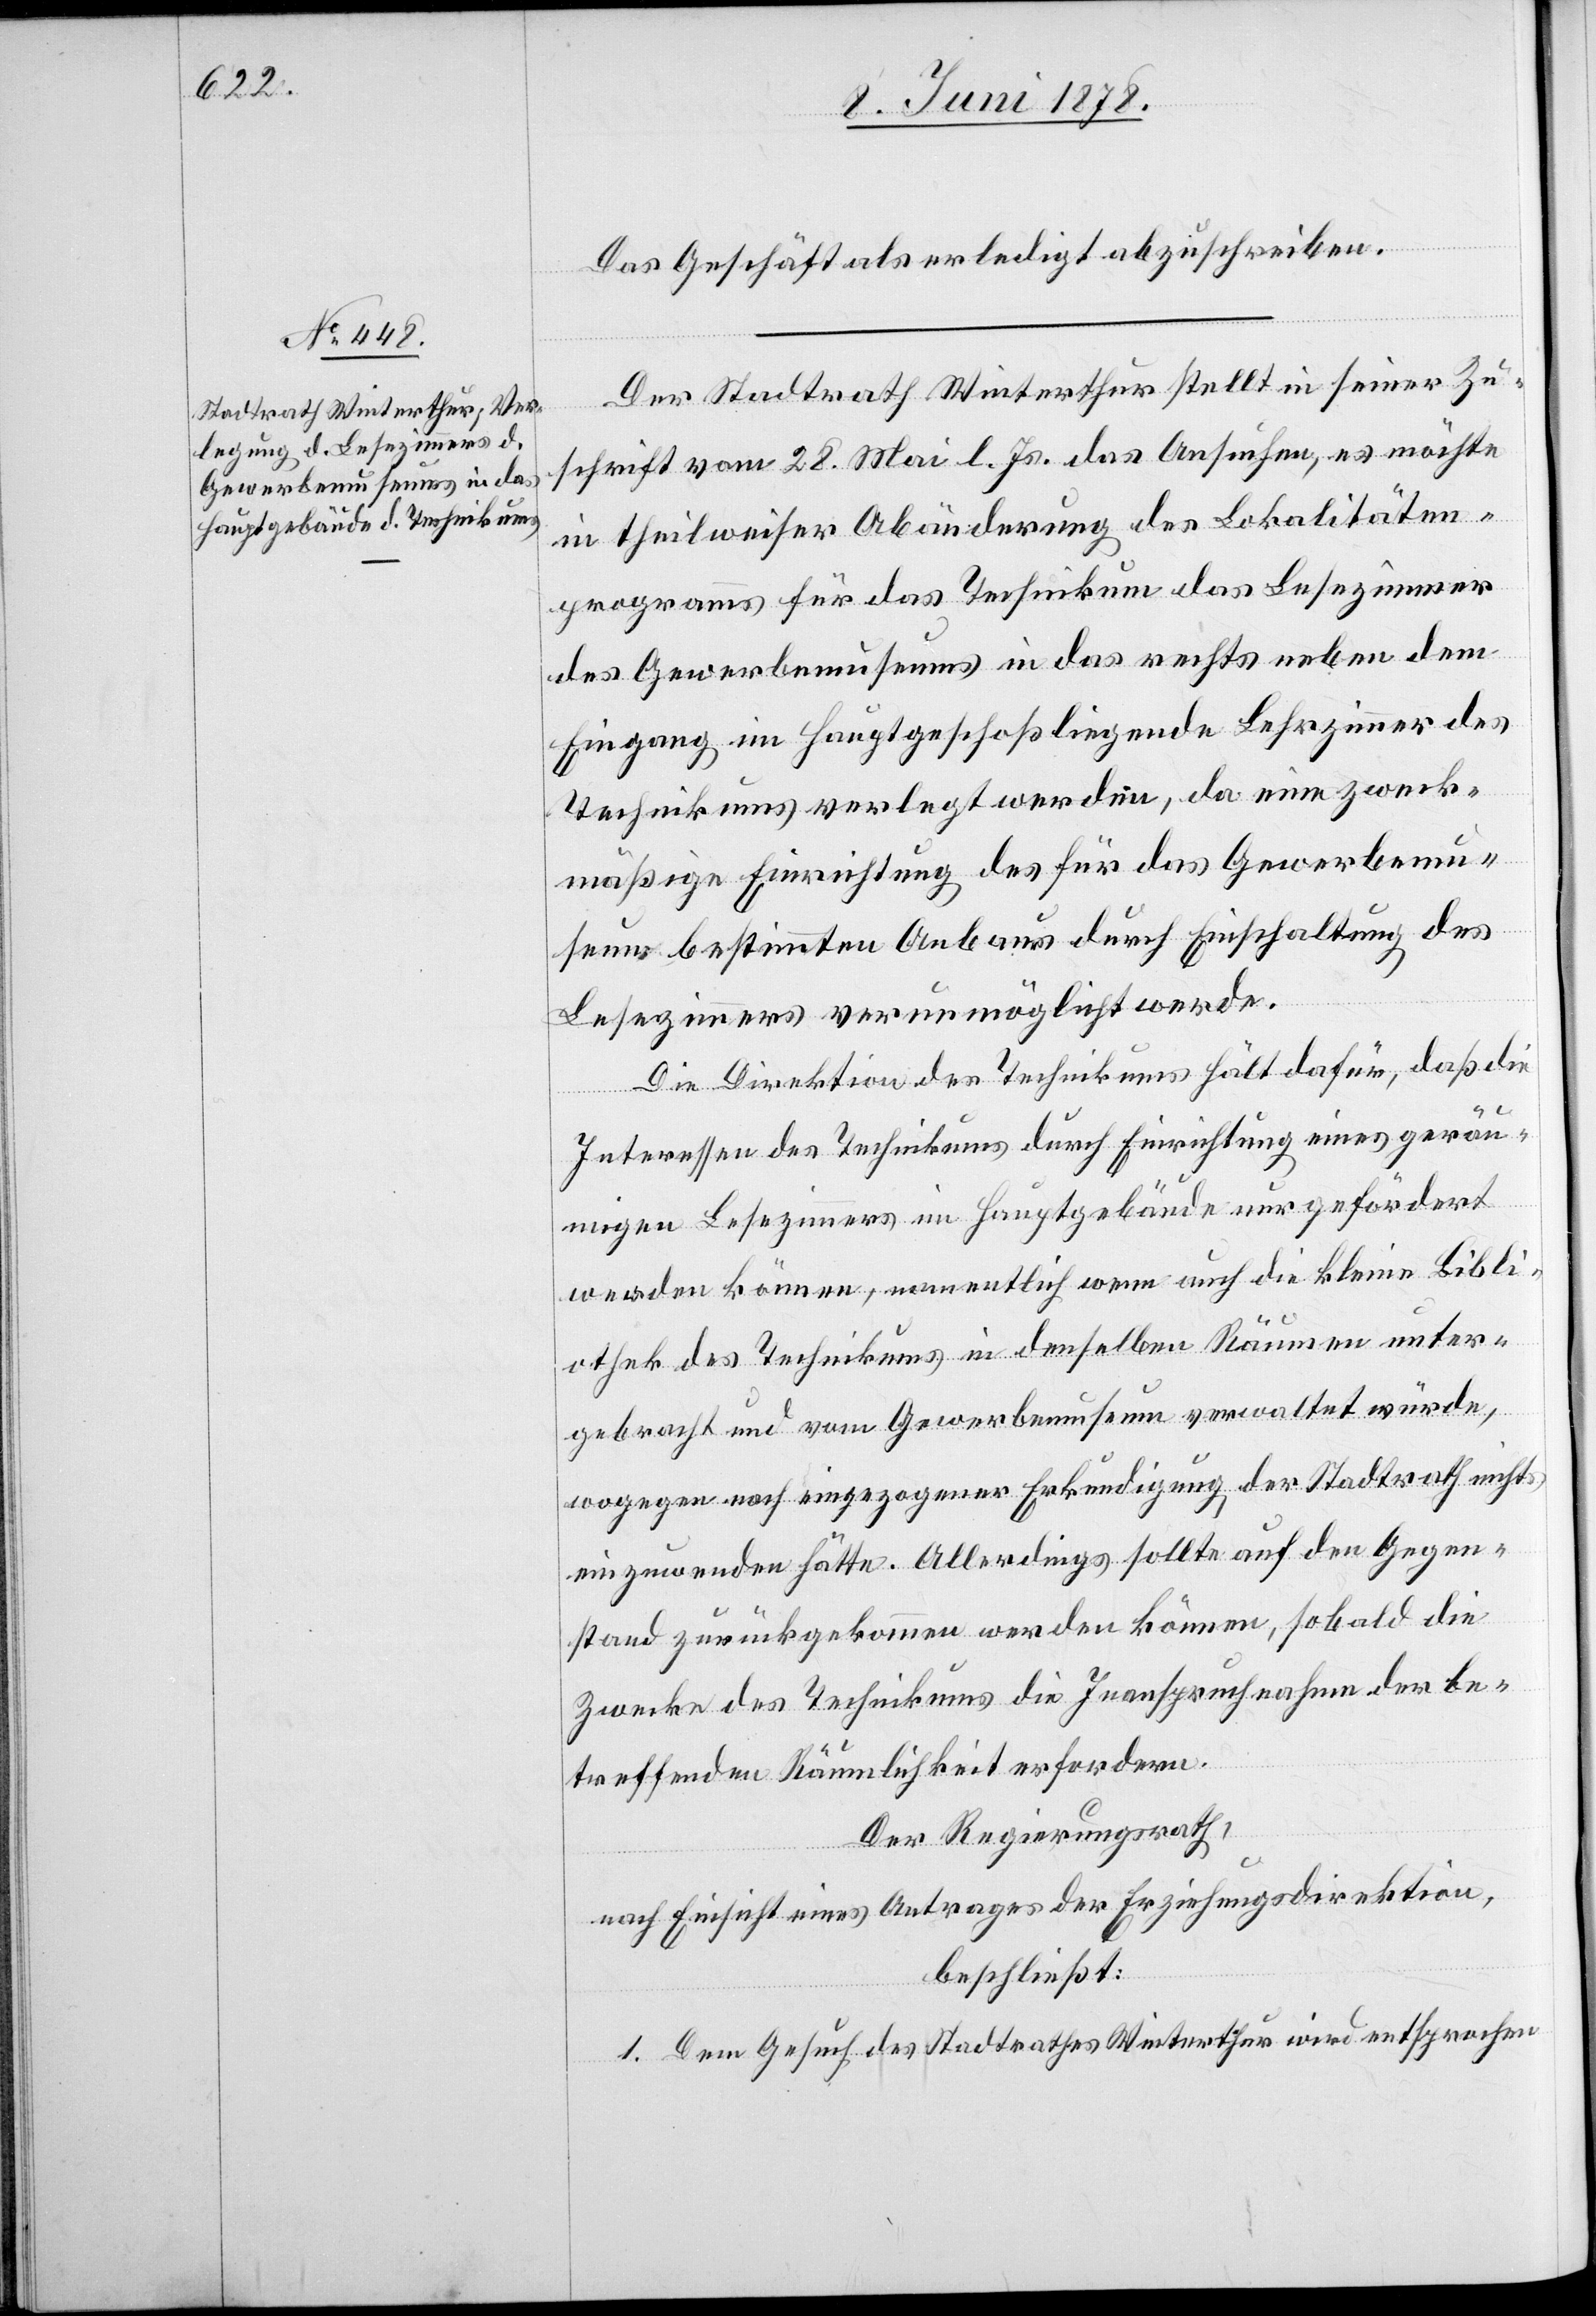
Das Geschäft als erledigt abzuschreiben.
Der Stadtrath Winterthur stellt in seiner Zu¬
schrift vom 28. Mai l. Js. das Ansuchen, es möchte
in theilweiser Abänderung des Lokalitäten¬
programms für das Technikum das Lesezimmer
des Gewerbemuseums in das rechts neben dem
Eingang im Hauptgeschoß liegende Lehrzimmer des
Technikums verlegt werden, da eine zweck¬
mäßige Einrichtung des für das Gewerbemu¬
seum bestimmten Anbaus durch Einschaltung des
Lesezimmers verunmöglicht werde.
Die Direktion des Technikums hält dafür, daß die
Interessen des Technikums durch Einrichtung eines geräu¬
migen Lesezimmers im Hauptgebäude nur gefördert
werden können, namentlich wenn auch die kleine Bibli¬
othek des Technikums in denselben Räumen unter¬
gebracht und vom Gewerbemuseum verwaltet würde,
wogegen nach eingezogener Erkundigung der Stadtrath nichts
einzuwenden hätte. Allerdings sollte auf den Gegen¬
stand zurückgekommen werden können, sobald die
Zwecke des Technikums die Inanspruchnahme der be¬
treffenden Räumlichkeit erfordern.
Der Regierungsrath,
nach Einsicht eines Antrages der Erziehungsdirektion,
beschließt:
1. Dem Gesuch des Stadtrathes Winterthur wird entsprochen